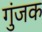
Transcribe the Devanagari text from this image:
गुंजक